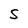
Character: S